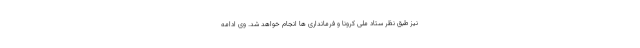
نیز طبق نظر ستاد ملی کرونا و فرمانداری ها انجام خواهد شد. وی ادامه